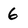
Character: 6